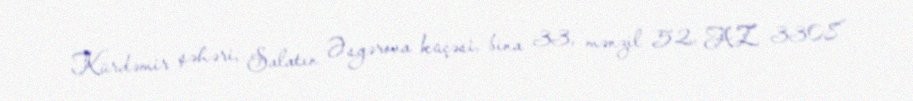
Kürdəmir şəhəri, Salatın Əsgərova küçəsi, bina 33, mənzil 52, AZ 3308